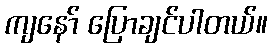
ကျနော် ပြောချင်ပါတယ်။